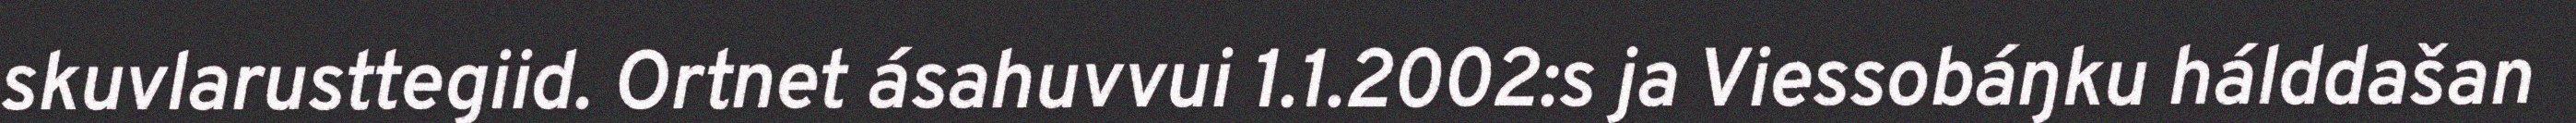
skuvlarusttegiid. Ortnet ásahuvvui 1.1.2002:s ja Viessobáŋku hálddašan